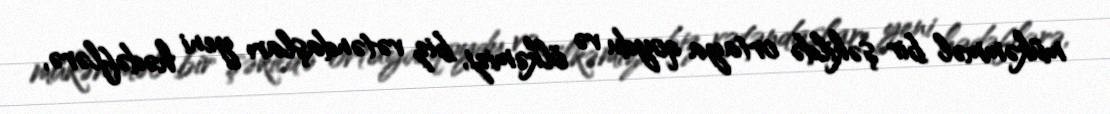
mükəmməl bir şəkildə ortaya qoydu və ölkəmizi, biz vətəndaşları yeni hədəflərə,